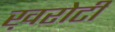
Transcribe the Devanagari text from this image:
ख़रोटी